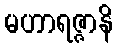
မဟာရဇ္ဇာနိ